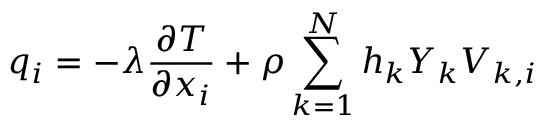
q _ { i } = - \lambda \frac { \partial T } { \partial x _ { i } } + \rho \sum _ { k = 1 } ^ { N } h _ { k } Y _ { k } V _ { k , i }